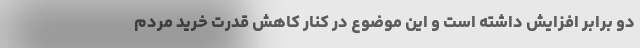
دو برابر افزایش داشته است و این موضوع در کنار کاهش قدرت خرید مردم